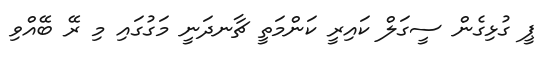
ޕީ ގުޅިގެން ސީގަލް ކައިރީ ކަންމަތީ ޗާނދަނީ މަގުގައި މި ރޭ ބޭއްވި